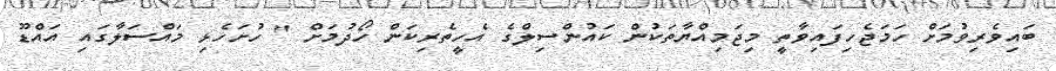
ބައިވެރިވުމަށް ހަމަޖެހިފައިވާތީ މިޖަމިއްޔާތަކުން ކައުންސިލްގެ އެހީތެރިކަން ހޯދުމަށް " ހުށަހެޅި މައްސަލާގައި އައްޑޫ